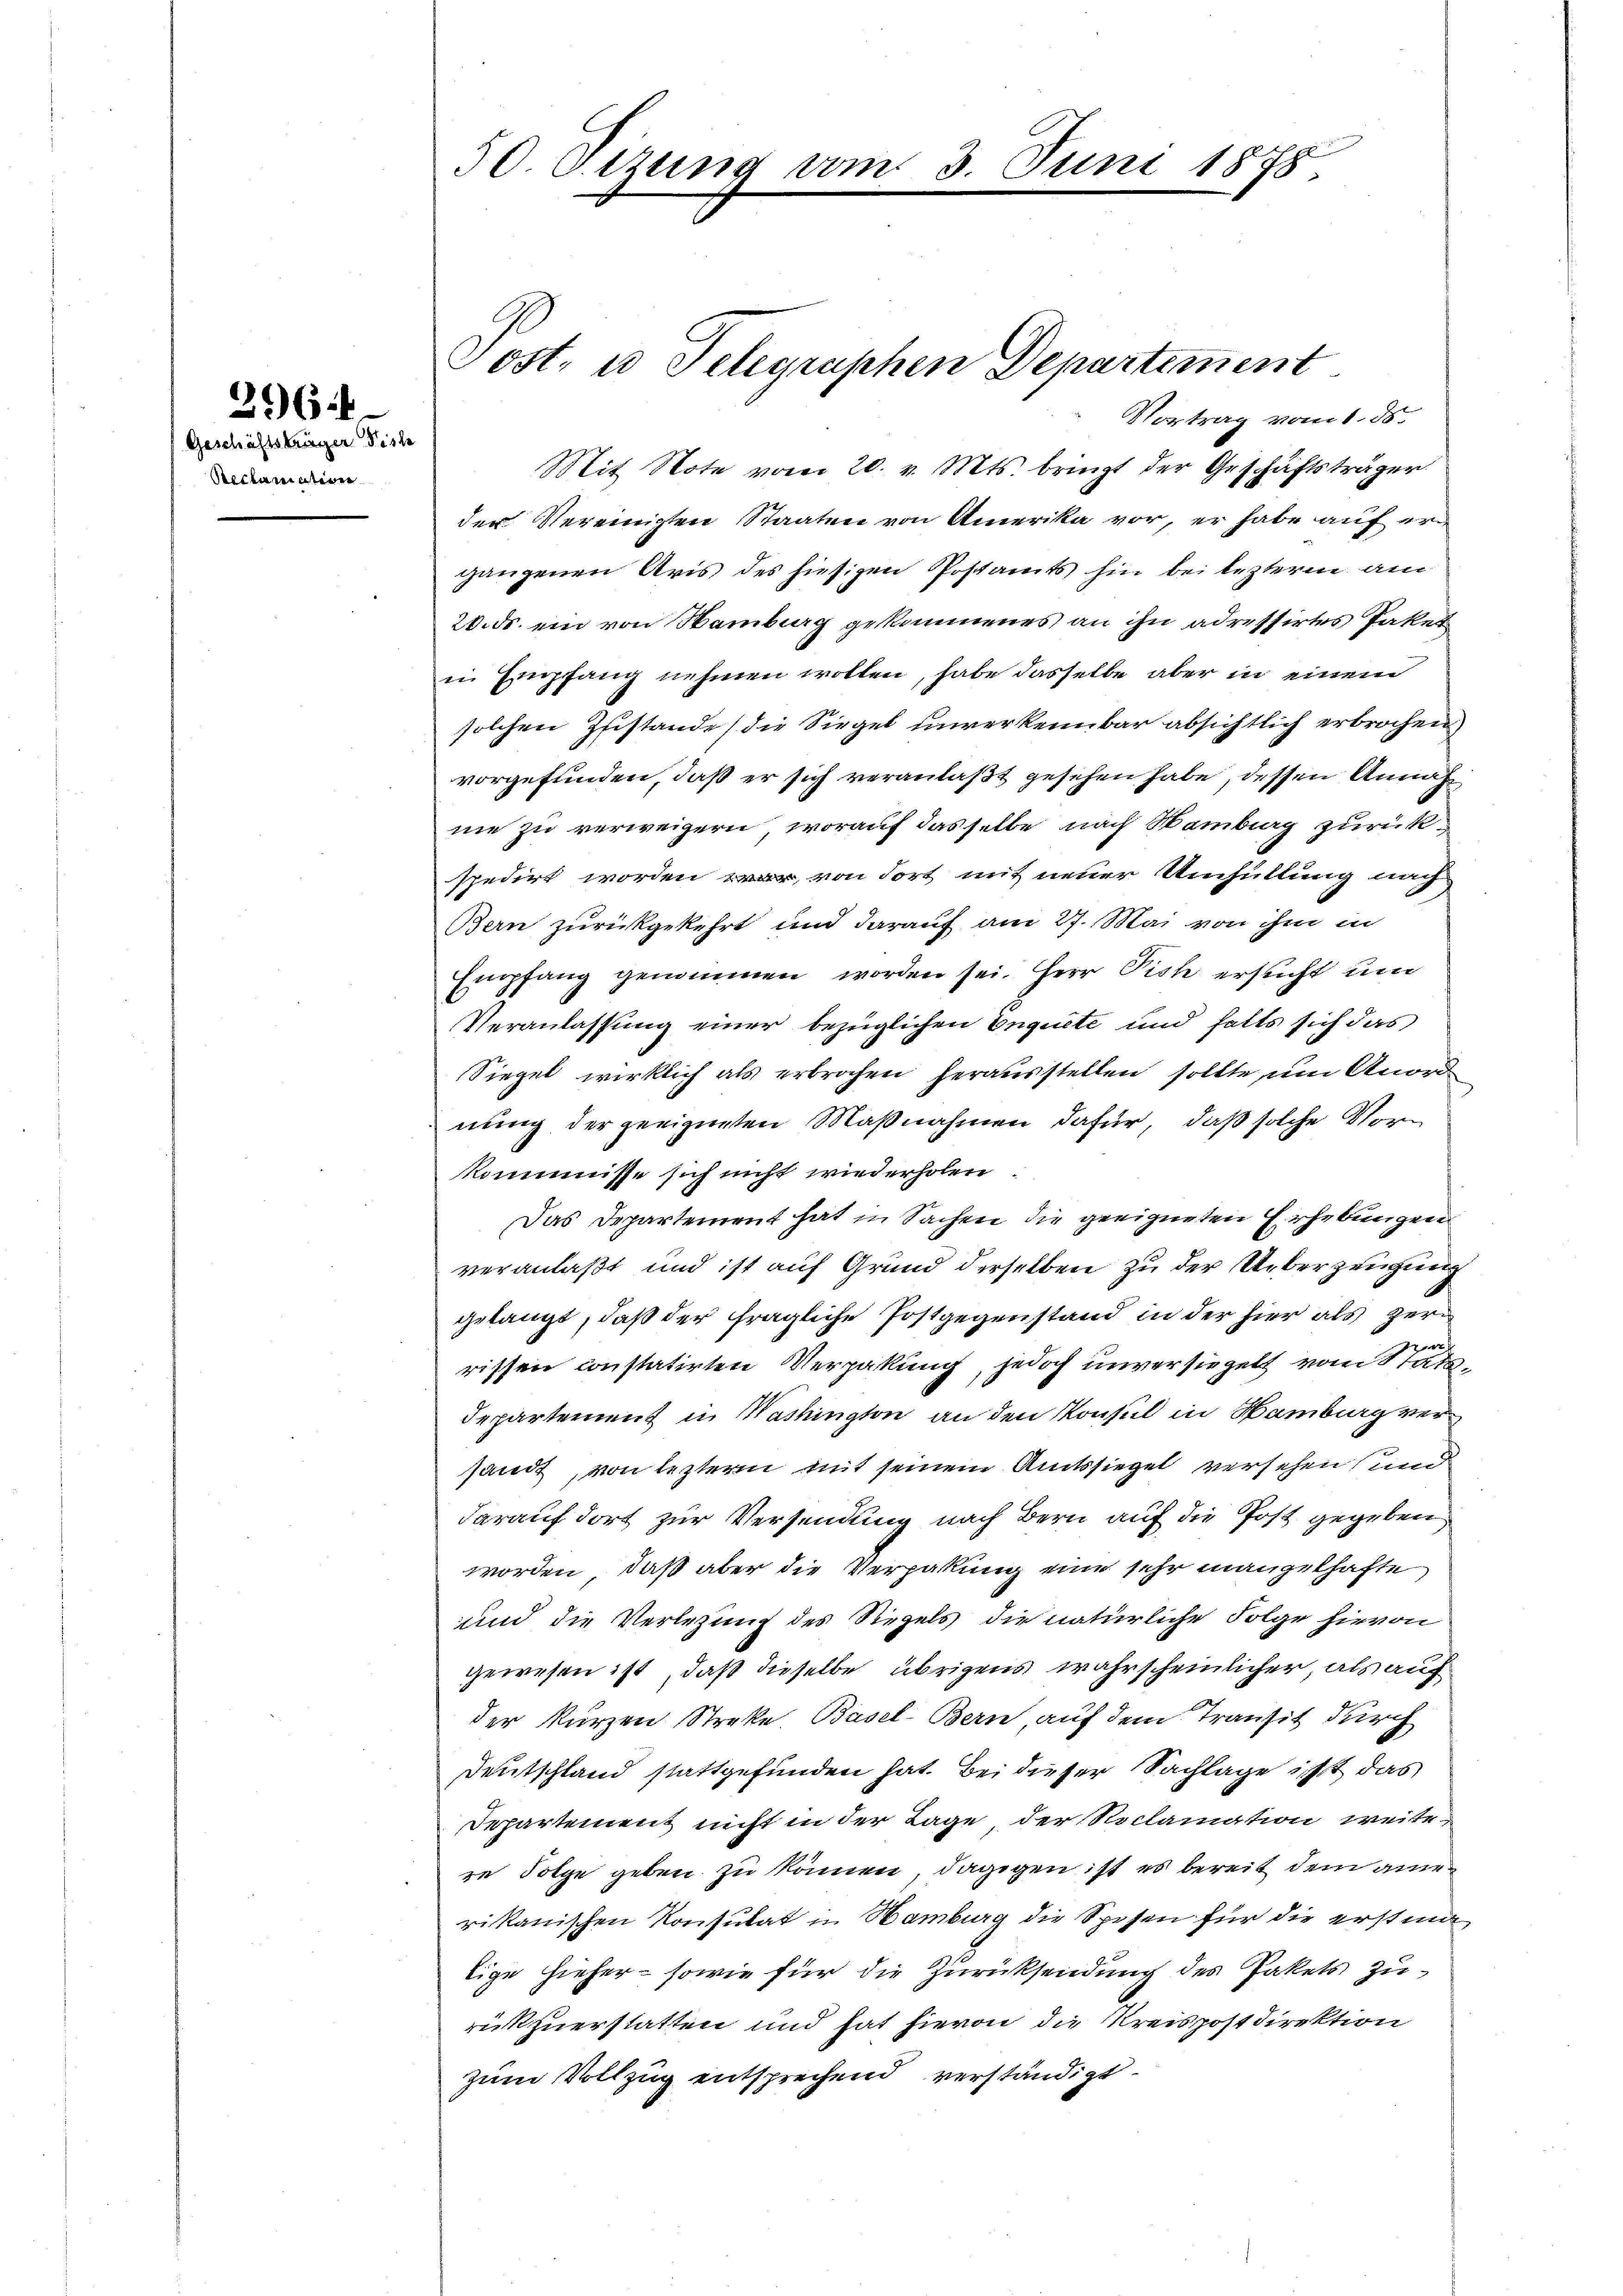
2164

Geschäftsträger Tisch
Reclariativen

50 Sizung vom 3. Juni 1878.

Post- u Telegraphen Departement
Vortrag vom 1. 55.

Mit Note vom 20. v. Mts. bringt der Geschäftsträger
der Vereinigten Staaten von Amerika vor, er habe auf ergangenen Aris des hiesigen Postamts hin bei lezterm am
20. ds. ein von Hamburg gekommenes an ihn adressirtes Paket
in Empfang nehmen wollen, habe dasselbe aber in einem
solchen Zustande die Siegel unverkennbar absichtlich erbrochen
vorgefunden, daß er sich veranlaßt gesehen habe, dessen Annahnie zu verweigern, worauf dasselbe nach Mambiag zurückspedirt worden war, von dort mit neuer Umhüllung auch
Bern zurückgekehrt und darauf am 27. Mai von ihm in
Empfang genommen worden sei. Herr Pish ersucht und
Veranlassung einer bezüglichen Enquete und falls sich das
Siegel wirklich als erbrochen herausstellen sollte um Anord
nung der geeigneten Maßnahmen dafür, daß solche Vorkommisse sich nicht wiederholen
Das Departement hat in Sachen die geeigneten Erhebungen
veranlaßt und ist auf Grund derselben zu der Ueberzeugung
gelangt, daß der fragliche Postgegenstand in der hier als Herrn
x
rissen constatirten Verpakung, jedoch unversiegelt vom Statt¬
Departement in Nashington an den Konsul in Hamburg versandt, von leztern mit seinem Amtssiegel versehen und
darauf dort zur Versendung nach Bern auf die Post gegeben
worden, daß aber die Verpakung eine sehr mangelhafte
und die Verlegung des Siegels die natürliche Folge hievon
gewesen ist, daß dieselbe übrigens wahrscheinlicher, als auch
der kurzen Streke. Basel-Bern auf dem Transit durch
Deutschland stattgefunden hat. Bei dieser Sachlage ist das
Departement nicht in der Lage der Roclamation weitere Folge geben zu können, dagegen ist es bereit dem an
rikanischen Konsulat in Hamburg die Spesen für die erstmalige hieher - sowie für die Zurücksendung des Pakets zurückzuerstatten und hat hievon die Kreispostdirektion
zum Vollzug entsprechend verständigt